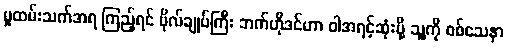
မှုထမ်းသက်အရ ကြည့်ရင် ဗိုလ်ချုပ်ကြီး ဘက်ဟိုဒင်ဟာ ဝါအရင့်ဆုံးမို့ သူ့ကို စစ်သေနာ